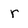
Character: r